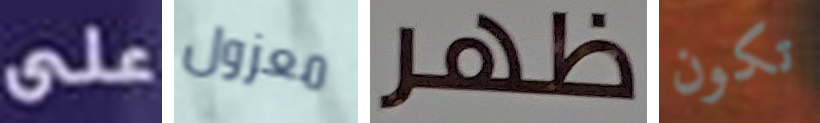
على معزول ظهر تكون